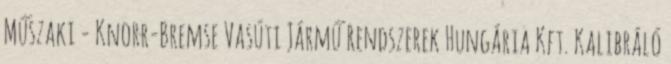
Műszaki - Knorr-Bremse Vasúti Jármű Rendszerek Hungária Kft. Kalibráló